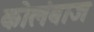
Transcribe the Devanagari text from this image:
कोलंबाज